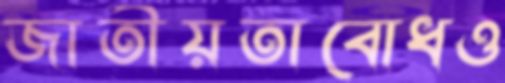
জাতীয়তাবোধও